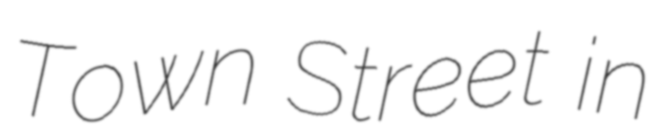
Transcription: Town Street in